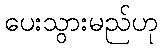
ပေးသွားမည်ဟု